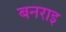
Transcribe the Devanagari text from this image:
बनराइ